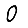
Digit: 0